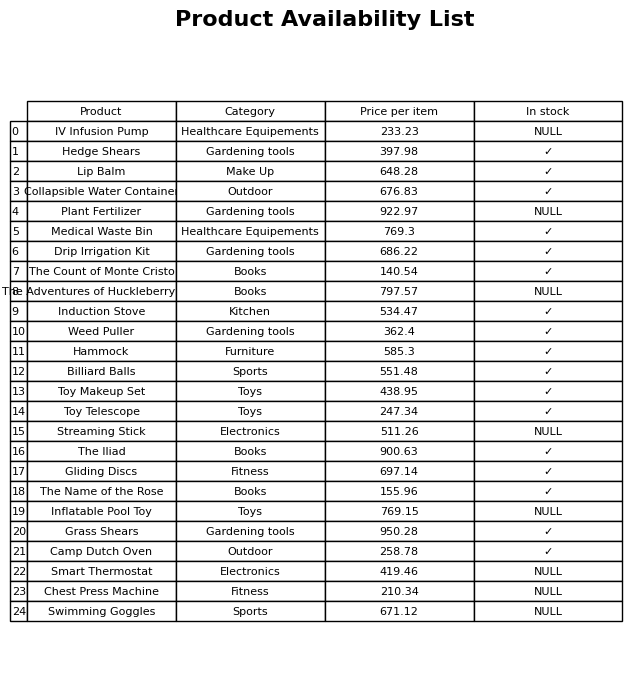
question: What is the price of the Toy Telescope?
answer: The price of Toy Telescope is 247.34.